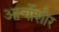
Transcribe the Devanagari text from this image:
आर्चोशोर